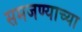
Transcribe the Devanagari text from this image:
समजण्याच्या